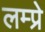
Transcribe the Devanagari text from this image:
लम्प्रे